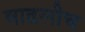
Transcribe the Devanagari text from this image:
वाढलीच